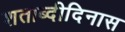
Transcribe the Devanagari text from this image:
शताब्दीदिनास